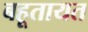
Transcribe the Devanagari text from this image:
बहूतायत